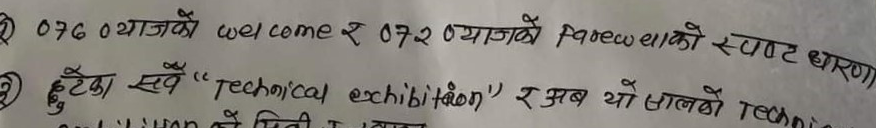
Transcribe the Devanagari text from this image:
076 याजको welcome र 072 याजको farewell को स्पष्ट धारणा
हुँटेका सबै "technical exhibition" र अब यो सालको technical exhibition को मिति र स्थान